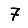
Digit: 7